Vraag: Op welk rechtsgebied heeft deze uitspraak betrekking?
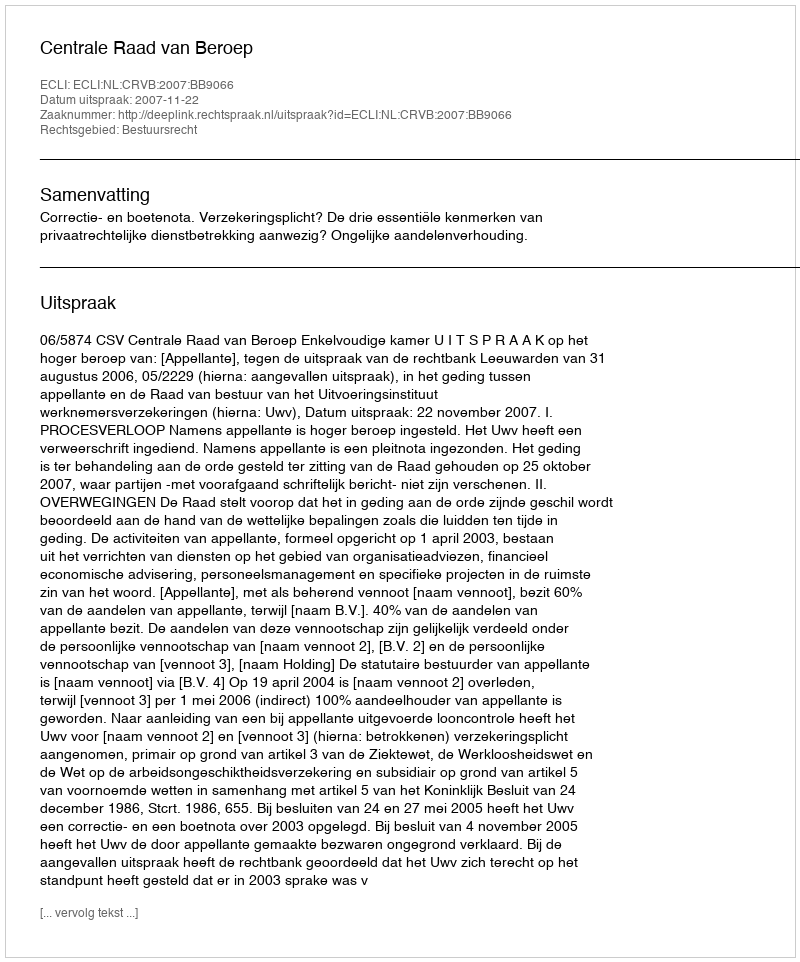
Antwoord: Bestuursrecht